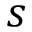
s